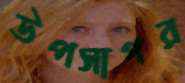
উপসাগর